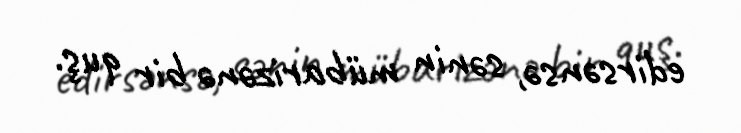
edirsənsə, sənin mübarizənə bir quş.